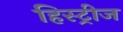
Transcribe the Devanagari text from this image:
हिस्ट्रीज